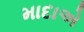
માદાએ